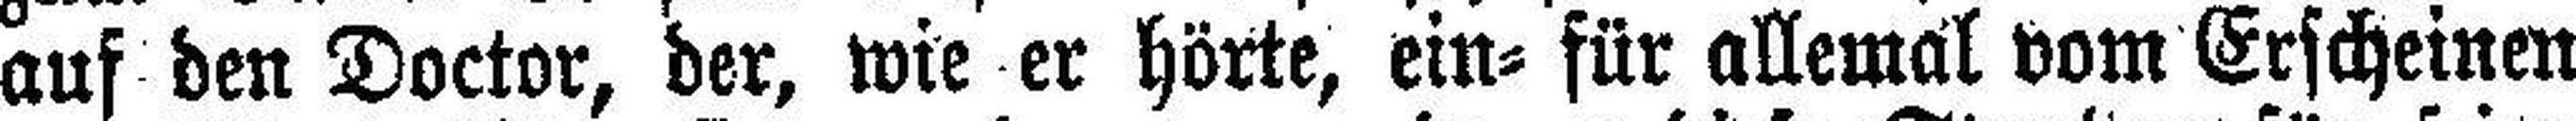
auf den Doctor, der, wie er hörte, ein= für allemal vom Erscheinen